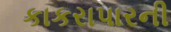
કાકરાપારની